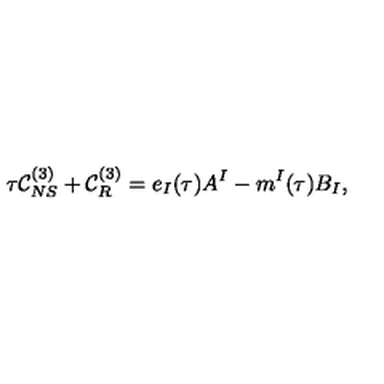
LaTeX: \tau { \cal C } _ { N S } ^ { ( 3 ) } + { \cal C } _ { R } ^ { ( 3 ) } = e _ { I } ( \tau ) A ^ { I } - m ^ { I } ( \tau ) B _ { I } ,